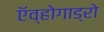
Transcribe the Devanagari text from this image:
ऍव्होगाड्रो